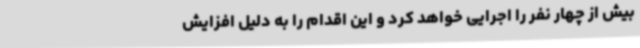
بیش از چهار نفر را اجرایی خواهد کرد و این اقدام را به دلیل افزایش